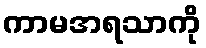
ကာမအရသာကို